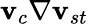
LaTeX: \mathbf{v}_{c}\nabla\mathbf{v}_{st}